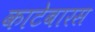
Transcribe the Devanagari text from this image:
काटेबारस